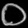
Digit: ၀